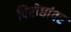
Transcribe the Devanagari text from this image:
विरोधांवर